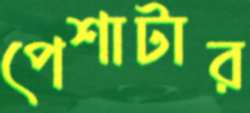
পেশাটার